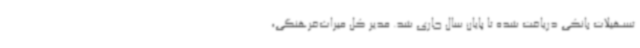
تسهیلات بانکی دریافت شده تا پایان سال جاری شد. مدیر کل میراث‌فرهنگی،